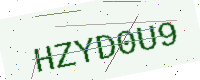
Text: HZYD0U9